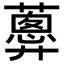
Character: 𧁗